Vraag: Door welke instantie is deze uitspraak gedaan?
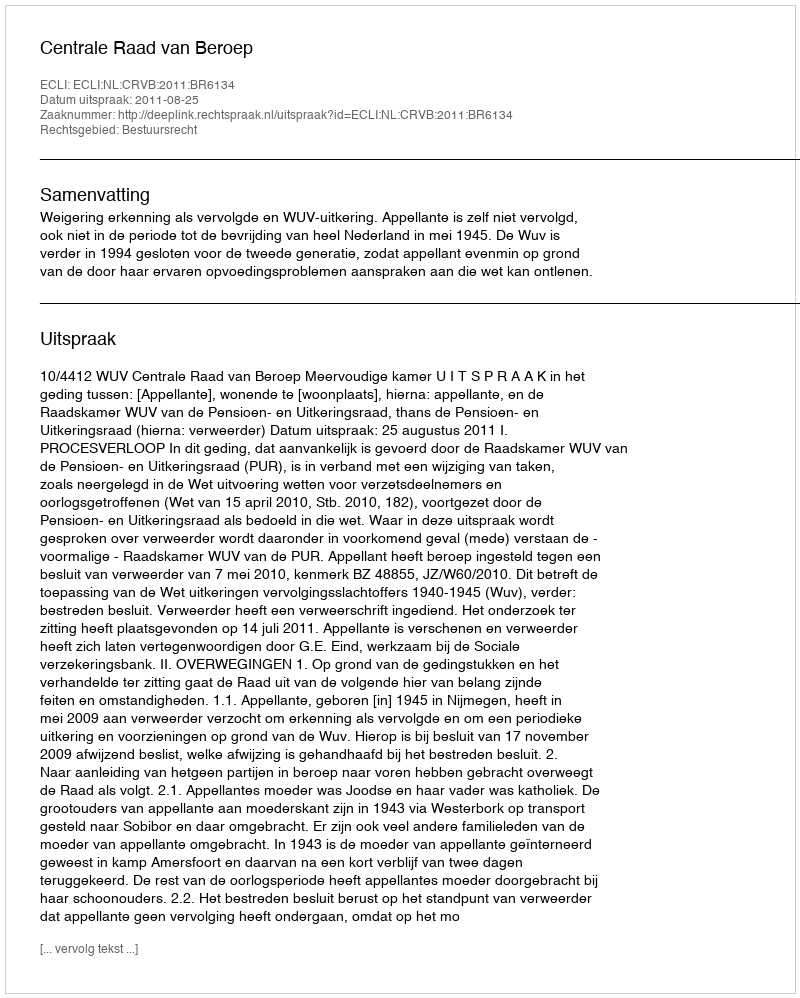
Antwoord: Centrale Raad van Beroep